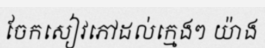
ចែកសៀវភៅដល់ក្មេងៗ យ៉ាង